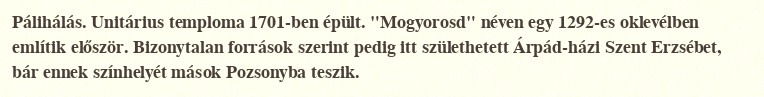
Pálihálás. Unitárius temploma 1701-ben épült. "Mogyorosd" néven egy 1292-es oklevélben említik először. Bizonytalan források szerint pedig itt születhetett Árpád-házi Szent Erzsébet, bár ennek színhelyét mások Pozsonyba teszik.